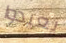
يعيدوا